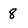
Character: 8